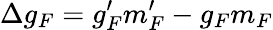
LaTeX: \Delta g_{F}=g_{F}^{\prime}m_{F}^{\prime}-g_{F}m_{F}